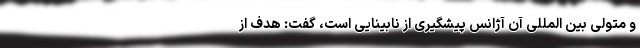
و متولی بین المللی آن آژانس پیشگیری از نابینایی است، گفت: هدف از